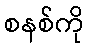
စနစ်ကို